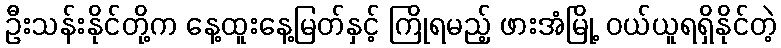
ဦးသန်းနိုင်တို့က နေ့ထူးနေ့မြတ်နှင့် ကြိုရမည့် ဖားအံမြို့ ဝယ်ယူရရှိနိုင်တဲ့